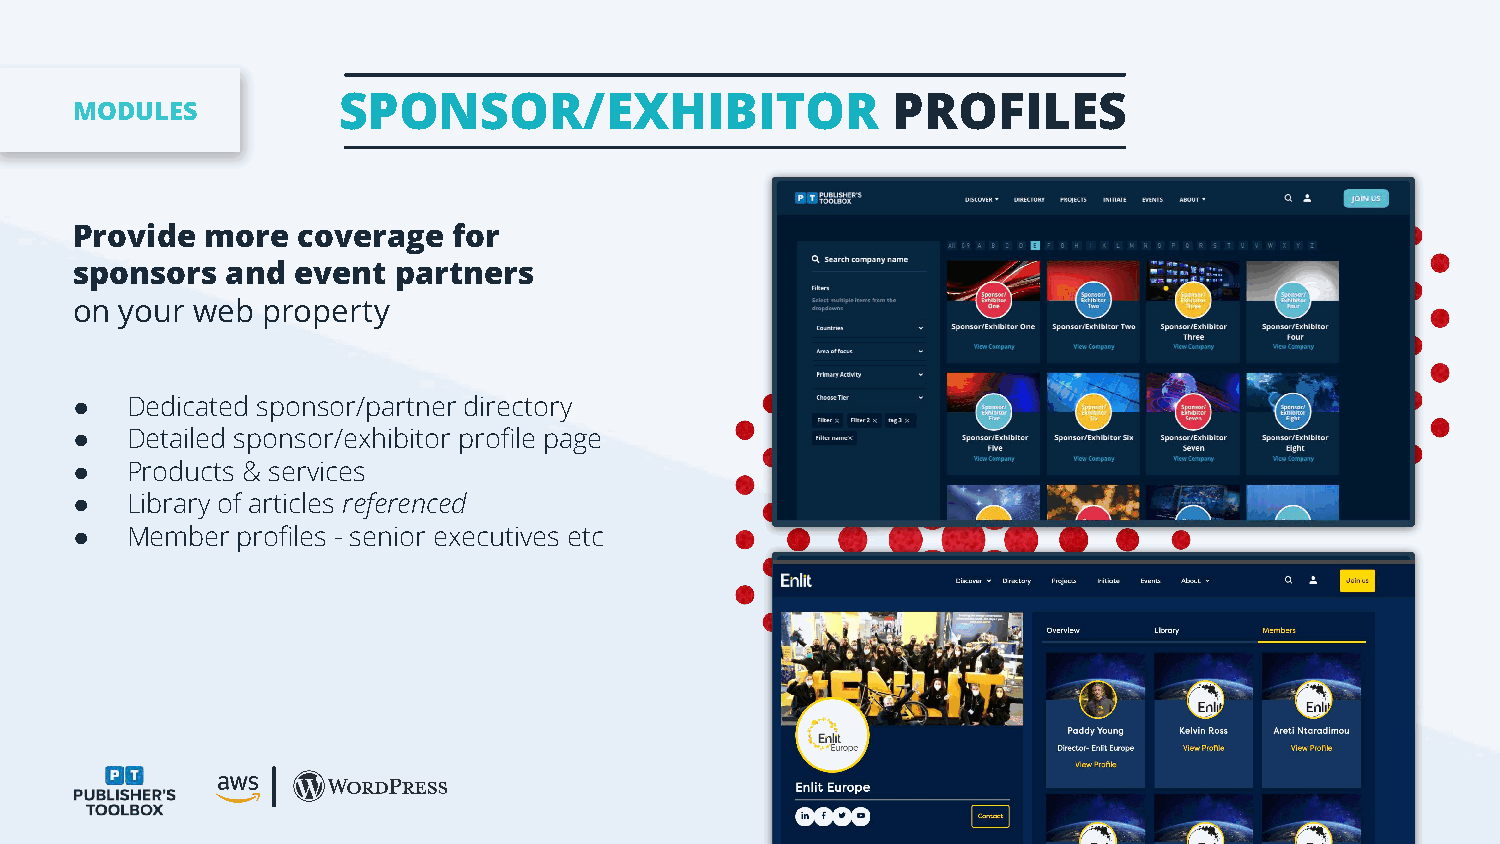
USER PROFILES         SPONSOR/EXHIBITOR                    PROFILES
 MODULES
 Provide  more  coverage  for
 sponsors  and event  partners
 on your web property
 ●  Dedicated sponsor/partner directory
 ●  Detailed sponsor/exhibitor profile page
 ●  Products & services
 ●  Library of articles referenced
 ●  Member  profiles - senior executives etc